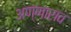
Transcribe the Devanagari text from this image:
अण्णाराव